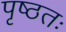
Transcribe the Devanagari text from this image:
पृष्ठतः